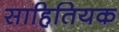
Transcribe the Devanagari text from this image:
साहितियक